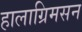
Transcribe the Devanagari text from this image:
हालाग्रिमसन